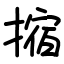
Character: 摍